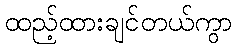
ထည့်ထားချင်တယ်ကွာ